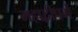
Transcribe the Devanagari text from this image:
महाद्वीपमें